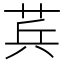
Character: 𮏊